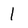
Character: 1